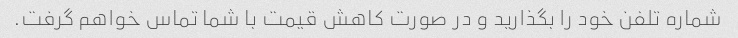
شماره تلفن خود را بگذارید و در صورت کاهش قیمت با شما تماس خواهم گرفت.